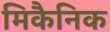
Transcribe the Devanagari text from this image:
मिकैनिक